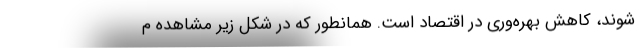
شوند، کاهش بهره­وری در اقتصاد است. همانطور که در شکل زیر مشاهده م